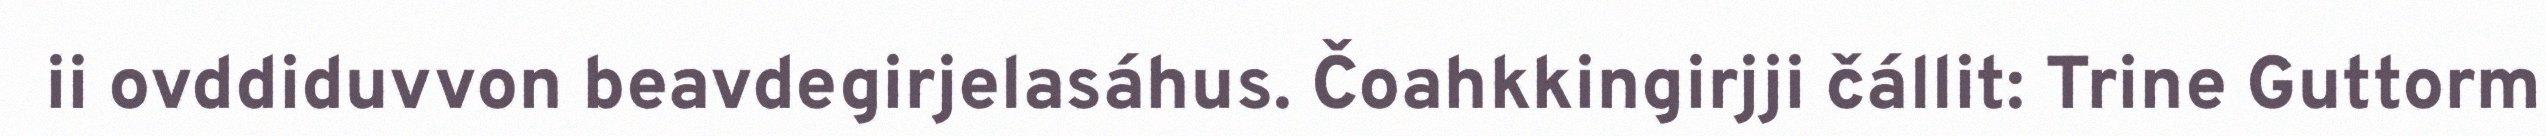
ii ovddiduvvon beavdegirjelasáhus. Čoahkkingirjji čállit: Trine Guttorm